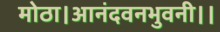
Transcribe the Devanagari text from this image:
मोठा।आनंदवनभुवनी।।